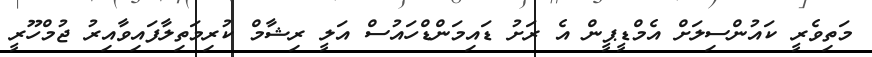
މަތިވެރީ ކައުންސިލަށް އެމްޑީޕީން އެ ރަށު ޑައިމަންޑްހައުސް އަލީ ރިޝާމް ކުރިމަތިލާފައިވާއިރު ޖުމްހޫރީ